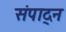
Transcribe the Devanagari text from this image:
संपाद्न